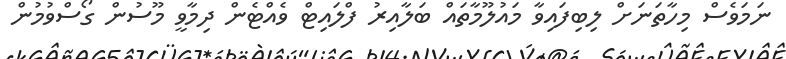
ނަމަވެސް މިހާތަނަށް ލިބިފައިވާ މައުލޫމާތައް ބަލާއިރު ފްލައިޓް ވެއްޓެން ދިމާވީ މޫސުން ގޯސްވުމުން